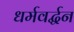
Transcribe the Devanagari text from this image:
धर्मवर्द्धन